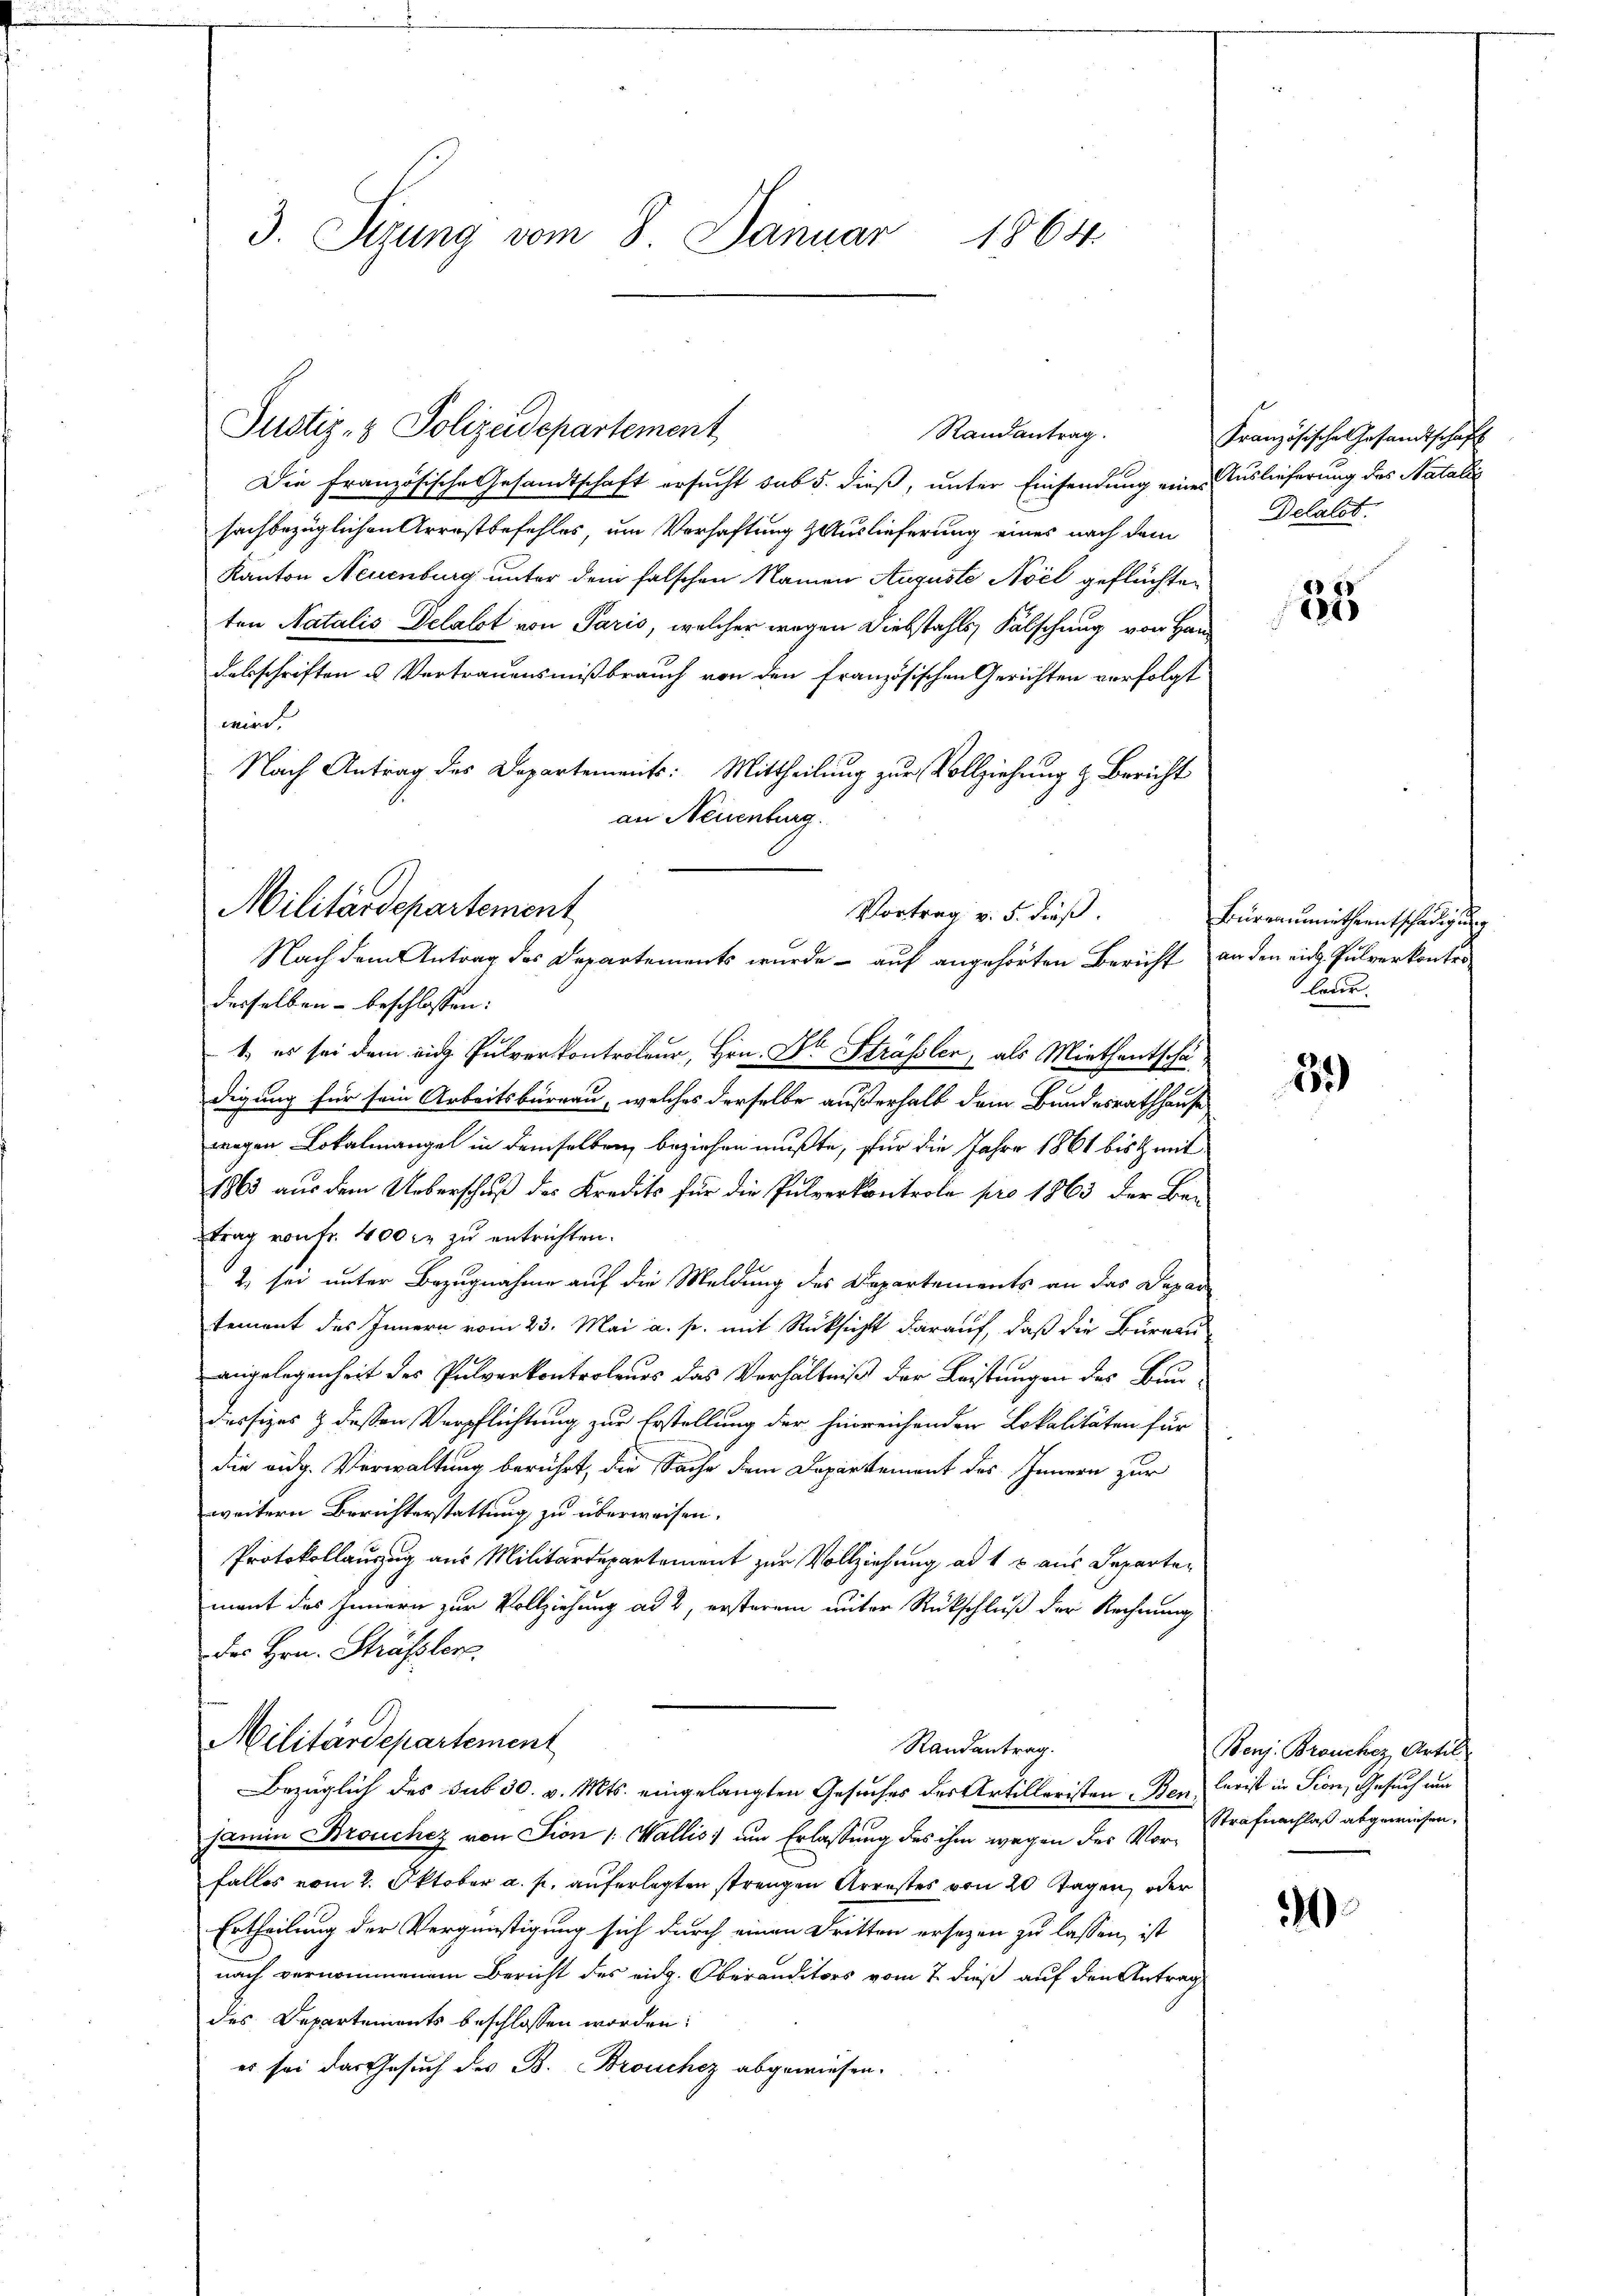
3. Sizung vom 8. Januar
1864

Justiz- & Polizeidepartement,
Randantrag.

Die Französische Gesandtschaft ersucht sub 5. dieß, unter Einsendung eine Auslieferung des Natalis
sachbezüglichen Arrestbefehles, um Verhaftung & Auslieferung eines nach dem
Kanton Neuenburg unter dem falschen Namen Auguste Avil geflüchten
ten Natalis Delalot von Paris, welcher wegen Diebstahls Fälschung von Han
dabschriften u. Vertrauensmißbrauch von den französischen Gerichten vorfolgt
wird.
Nach Antrag des Departements: Mittheilung zur Vollziehung & Bericht
desselben beschlossen:
1. es sei dem eige Pulverkontroleur, Hrn. Dr Strässler, als Miethentschädigung für sein Arbeitsbüreau, welches derselbe außerhalb dem Bundesrathhause
wegen Lokalmangel in demselben beziehen mußte, für die Jahre 1861 bist mit
1863 aus dem Ueberschuß des Kredits für die Pulverkontrole pro 1863 der Betrag von fr. 400 fr zu entrichten.
2) sei unter Bezugnahme auf die Meldung des Departements an das Departement des Innern vom 23. Mai a. p. mit Rücksicht darauf, daß die Büreau
angelegenheit des Pulverkontroleurs das Verhältniß der Leistungen des Bun-
dessiges & dessen Verpflichtung zur Erstellung der hinreichenden Lokalitäten für
die eidg. Verwaltung berührt, die Sache dem Departement des Innern zur
weitern Berichterstattung zu überweisen.
Protokollauszug aus Militärdepartement zur Vollziehung ad 1 x aus Departemant des Innern zur Vollziehung ad 2, ersterem unter Rückschluß der Rechnung
des Hrn. Strässler
Militärdepartement
Randantrag.
Bezüglich des sub 30. v. Mts. eingelangten Gesuches des Artilleristen Ben Curist in Sion, Gesuch und
jamin Brouchez von Sion 1. Wallis, um Erlassung des ihm wegen der Vor- Strafnachlaß abgewiesen,
falles vom 2. Oktober a. p. auferlegten strengen Arrestes von 20 Tagen, oder
Ertheilung der Vergnüstigung sich durch einen Dritten ersezen zu lassen, ist
nach vernommenem Bericht des eidg. Oberanditors vom 7. dieß auf den Antrag
des Departements beschlossen worden:
es sei das Gesuch des B. BBrouchez abgewiesen.

an Neuenburg.
Militärdepartement
Vortrag v. 5. dieß.
Nach dem Antrag des Departements wurde - auf angehörten Bericht an den rich Pulverkonter

Französische Gesandtschaft
Delalt

25

Bürraumüthentschädigung
laur.

25)

1

Benj. Bronchez, Artil